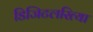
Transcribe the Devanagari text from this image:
डिजिटलरित्या